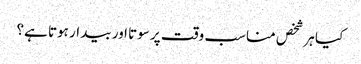
کیا ہر شخص مناسب وقت پر سوتا اور بیدار ہوتا ہے؟